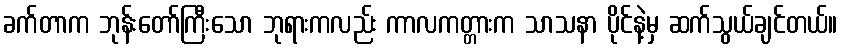
ခက်တာက ဘုန်းတော်ကြီးသော ဘုရားကလည်း ကာလကတ္တားက သာသနာ ပိုင်နဲ့မှ ဆက်သွယ်ချင်တယ်။